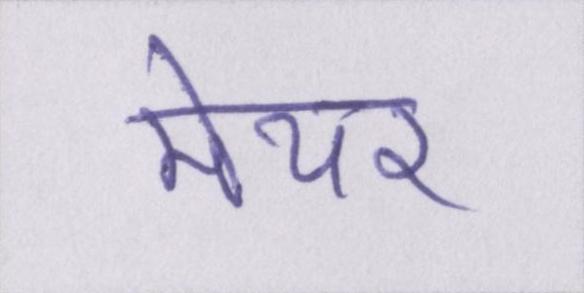
मेयर